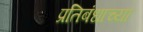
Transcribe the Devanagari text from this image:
प्रतिबंधाच्या